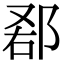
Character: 𨛠